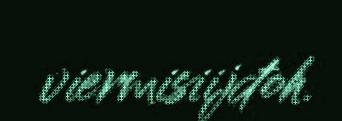
viermisiijđoh.